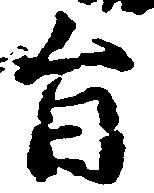
旨